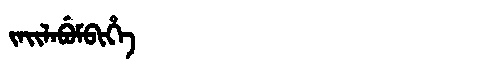
Manchu: ᠵᠠᡳᠯᠠᠪᡠᠮᠪᡳᡥᡝ
Romanization: JAILABUMBIHE